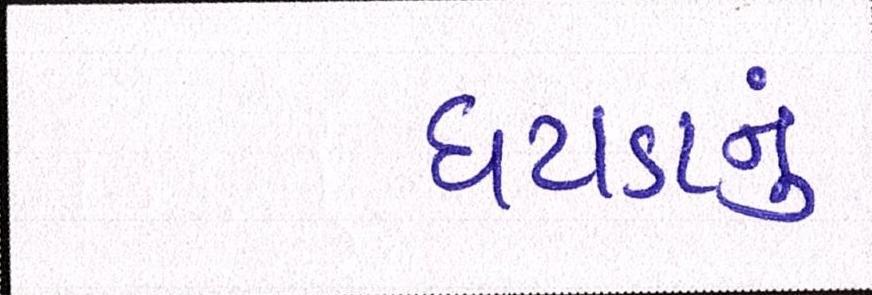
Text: ઘટાડાનું